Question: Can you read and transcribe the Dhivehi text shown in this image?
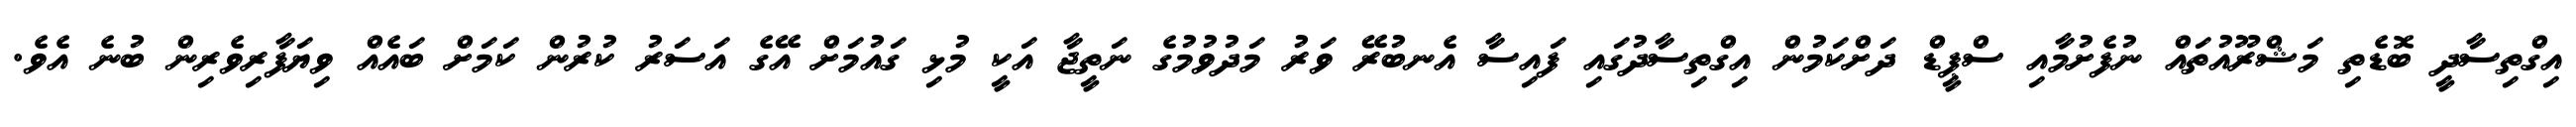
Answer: އިގްތިސާދީ ބޮޑެތި މަޝްރޫއުތައް ނުފެށުމާއި ސްޕީޑް ދަށްކަމުން އިގްތިސާދުގައި ފައިސާ އެނބުރޭ ވަރު މަދުވުމުގެ ނަތީޖާ އަކީ މުޅި ގައުމަށް އޭގެ އަސަރު ކުރުން ކަމަށް ބައެއް ވިޔަފާރިވެރިން ބުނެ އެވެ.